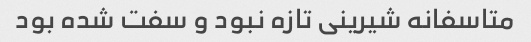
متاسفانه شیرینی تازه نبود و سفت شده بود